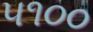
૫૧૦૦